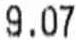
9.07